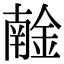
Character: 𨩧